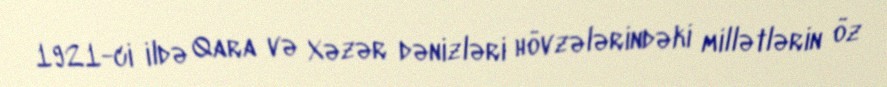
1921-ci ildə Qara və Xəzər dənizləri hövzələrindəki millətlərin öz